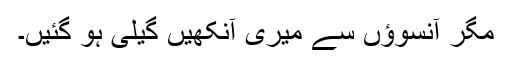
مگر آنسوؤں سے میری آنکھیں گیلی ہو گئیں۔